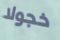
خجولا